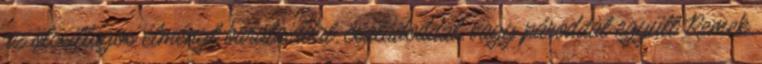
az ötcsillagos élményt barátaiddal, családoddal, vagy pároddal együtt Remek